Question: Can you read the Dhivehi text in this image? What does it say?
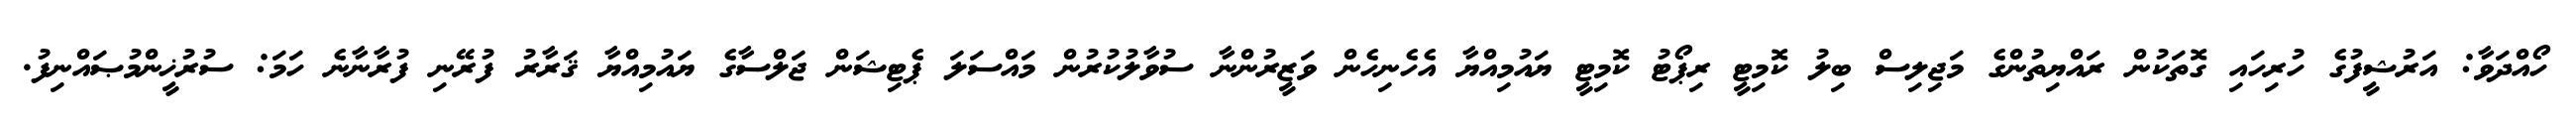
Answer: ހޯއްދަވާ: އަރުޝީފުގެ ހުރިހައި ގޮތަކުން ރައްޔިތުންގެ މަޖިލިސް ބިލު ކޮމިޓީ ރިޕޯޓު ކޮމިޓީ ޔައުމިއްޔާ އެހެނިހެން ވަޒީރުންނާ ސުވާލުކުރުން މައްސަލަ ޕެޓިޝަން ޖަލްސާގެ ޔައުމިއްޔާ ޤަރާރު ފުރޭނި ފުރާނާނެ ހަމަ: ސުރުޚީންމުޞައްނިފު.